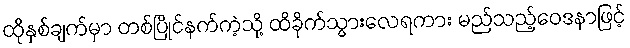
ထိုနှစ်ချက်မှာ တစ်ပြိုင်နက်ကဲ့သို့ ထိခိုက်သွားလေရကား မည်သည့်ဝေဒနာဖြင့်